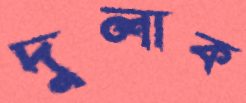
দুলাক